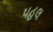
પહલ